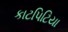
કાટપિટિયા